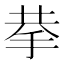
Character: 拲